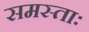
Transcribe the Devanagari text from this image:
समस्ताः